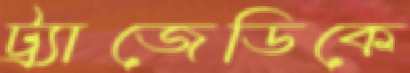
ট্র্যাজেডিকে